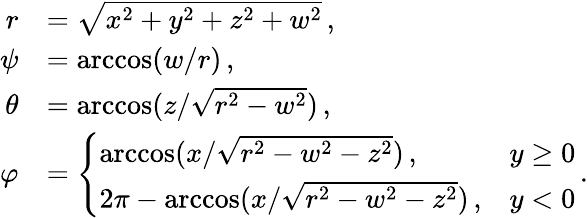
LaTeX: \begin{array}{rl}{r}&{=\sqrt{x^{2}+y^{2}+z^{2}+w^{2}}\, ,}\\ {\psi}&{=\operatorname{arccos}(w/r)\, ,}\\ {\theta}&{=\operatorname{arccos}(z/\sqrt{r^{2}-w^{2}})\, ,}\\ {\varphi}&{=\left\{ \begin{array}{ll}{\operatorname{arccos}(x/\sqrt{r^{2}-w^{2}-z^{2}})\, ,}&{y\geq 0}\\ {2\pi-\operatorname{arccos}(x/\sqrt{r^{2}-w^{2}-z^{2}})\, ,}&{y<0}\end{array}\right.\, .}\end{array}